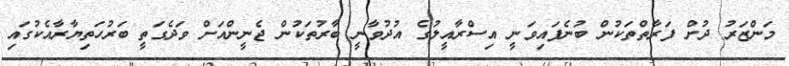
މަންޒަރު ދުށް ފަރާތްތަކުން ބުނެފައިވަނީ އިސްރާއީލުގެ އުދުވާނީ ބާރުތަކުން ޖެނީންއަށް ވަދެގަތީ ބަރުހަތިޔާރާއެކުގައި